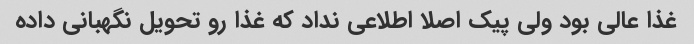
غذا عالی بود ولی پیک اصلا اطلاعی نداد که غذا رو تحویل نگهبانی داده